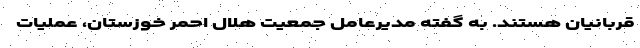
قربانیان هستند. به گفته مدیرعامل جمعیت هلال احمر خوزستان، عملیات